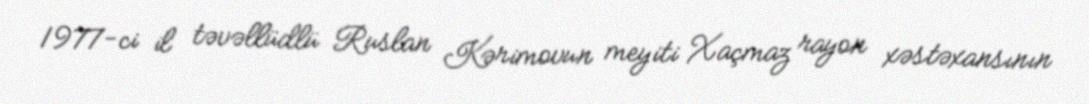
1977-ci il təvəllüdlü Ruslan Kərimovun meyiti Xaçmaz rayon xəstəxansının